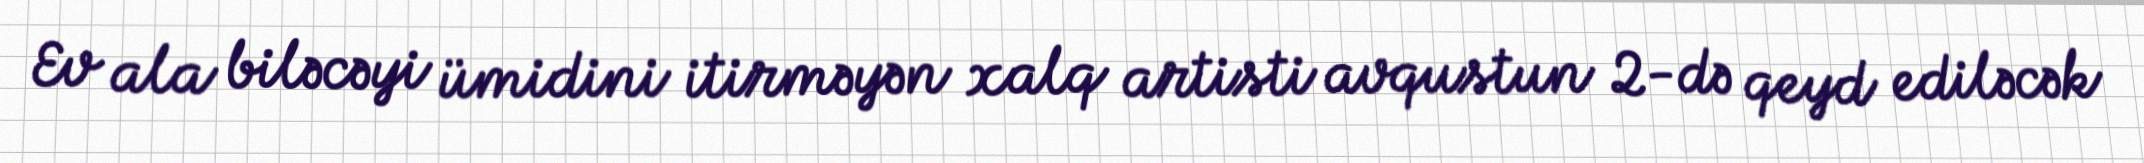
Ev ala biləcəyi ümidini itirməyən xalq artisti avqustun 2-də qeyd ediləcək